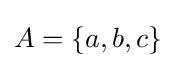
A=\left\{a,b,c\right\}